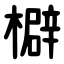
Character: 檘